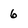
Character: 6